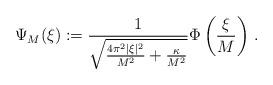
LaTeX: \begin{align*}\Psi_M(\xi) := \frac{1}{\sqrt{\frac{4 \pi^2 |\xi|^2}{M^2}+\frac{\kappa}{M^2}}}\Phi\left(\frac{\xi}{M}\right)\,.\end{align*}